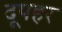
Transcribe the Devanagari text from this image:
दूपहर